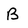
Character: B